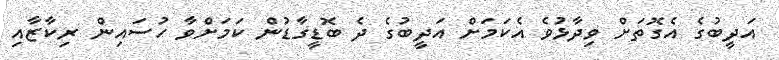
އަދީބުގެ އެގޮތަށް ވިދާޅުވެ އެކަމަށް އަދީބުގެ ދެ ބޮޑީގާޑުން ކަމަށްވާ ހުސައިން ރިކާޒާއި